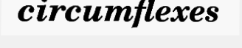
circumflexes